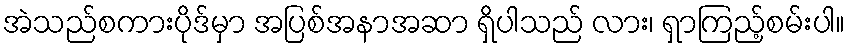
အဲသည်စကားပိုဒ်မှာ အပြစ်အနာအဆာ ရှိပါသည် လား၊ ရှာကြည့်စမ်းပါ။